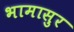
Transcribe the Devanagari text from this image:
भामासुर